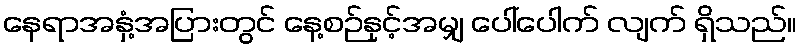
နေရာအနှံ့အပြားတွင် နေ့စဉ်နှင့်အမျှ ပေါ်ပေါက် လျက် ရှိသည်။